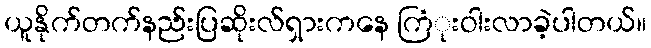
ယူနိုက်တက်နည်းပြဆိုးလ်ရှားကနေ ကြံုးဝါးလာခဲ့ပါတယ်။